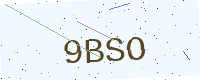
Text: 9BSO